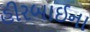
હીરબાઈના